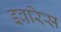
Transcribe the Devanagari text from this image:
इवरिस